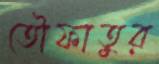
তৌফাতুর